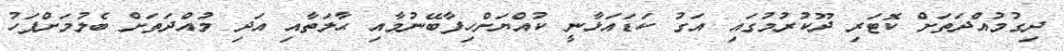
ދިގުމުއްދަތަށް ކޮޓަރި ދޫކުރުމުގައި އަގު ކަޑައަޅާނީ ކުއްޔަށްހިފާބޭނުމާއި ޙާލަތާއި އަދި މުއްދަތަށް ބެލުމަށްފަހު